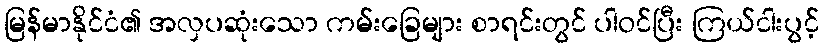
မြန်မာနိုင်ငံ၏ အလှပဆုံးသော ကမ်းခြေများ စာရင်းတွင် ပါဝင်ပြီး ကြယ်ငါးပွင့်